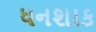
ધનશાક